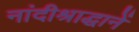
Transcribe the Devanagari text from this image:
नांदीश्राद्धानें